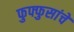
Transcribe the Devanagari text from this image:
फुफ्फुसांचे